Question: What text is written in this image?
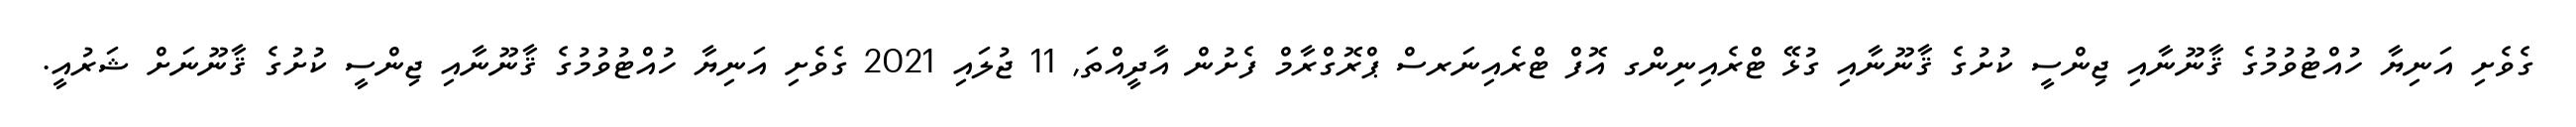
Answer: ގެވެށި އަނިޔާ ހުއްޓުވުމުގެ ޤާނޫނާއި ޖިންސީ ކުށުގެ ޤާނޫނާއި ގުޅޭ ޓްރެއިނިންގ އޮފް ޓްރެއިނަރސް ޕްރޮގްރާމް ފެށުން އާދީއްތަ, 11 ޖުލައި 2021 ގެވެށި އަނިޔާ ހުއްޓުވުމުގެ ޤާނޫނާއި ޖިންސީ ކުށުގެ ޤާނޫނަށް ޝަރުއީ.